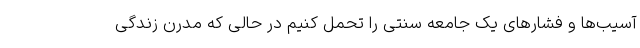
آسیب‌ها و فشارهای یک جامعه سنتی را تحمل کنیم در حالی که مدرن زندگی